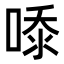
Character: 𭈿